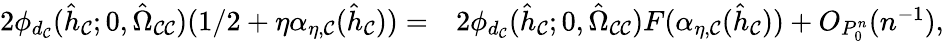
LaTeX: \begin{array}{r}{\begin{array}{rl}{2\phi_{d_{\mathcal{C}}}(\hat{h}_{\mathcal{C}};0,\hat{\Omega}_{\mathcal{C}\mathcal{C}})(1/2+\eta\alpha_{\eta,\mathcal{C}}(\hat{h}_{\mathcal{C}}))=}&{2\phi_{d_{\mathcal{C}}}(\hat{h}_{\mathcal{C}};0,\hat{\Omega}_{\mathcal{C}\mathcal{C}})F(\alpha_{\eta,\mathcal{C}}(\hat{h}_{\mathcal{C}}))+O_{P_{0}^{n}}(n^{-1}),}\end{array}}\end{array}